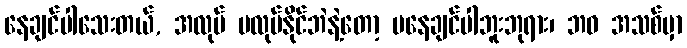
နေချင်ပါသေးတယ်, အလုပ် မလုပ်နိုင်ဘဲနဲ့တော့ မနေချင်ပါဘူးဘုရား၊ ဘဝ အသစ်မှာ